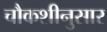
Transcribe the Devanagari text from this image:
चौकशीनुसार